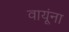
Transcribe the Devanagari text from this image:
वायूंना